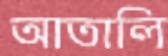
আতালি